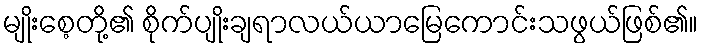
မျိုးစေ့တို့၏ စိုက်ပျိုးချရာလယ်ယာမြေကောင်းသဖွယ်ဖြစ်၏။